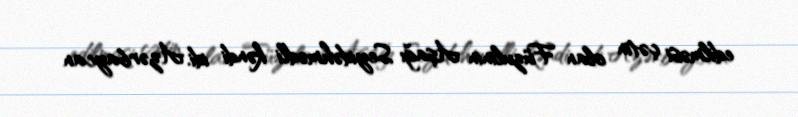
edilməsi çətin olan Füzulinin Aşağı Seyidəhmədli kəndi idi. Azərbaycan